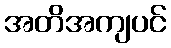
အတိအကျပင်